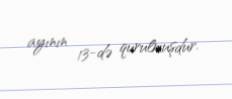
ayının 13-də qurulmuşdur.